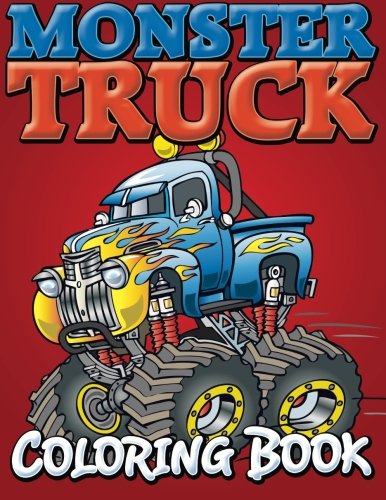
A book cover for Monster Trucks Coloring Book; Speedy Publishing LLC; Children's Books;